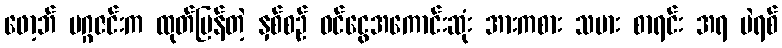
ဖော့ဘ် မဂ္ဂဇင်းက ထုတ်ပြန်တဲ့ နှစ်စဉ် ဝင်ငွေအကောင်းဆုံး အားကစား သမား စာရင်း အရ ပဲရစ်